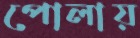
পোলায়